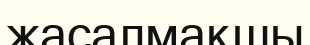
жасалмақшы